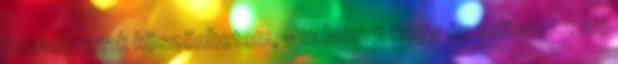
tudásomnak köszönhetem, – valamint hogy én voltam az aki